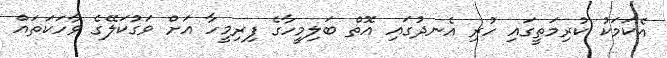
އެކަމަކު ކުރިމަތީގައި ހުރި އެނދުގައި އޮތް ބަލިމީހާގެ ފިރިމީހާ އަށް ވަގުކަލޭގެ ވާހަކަތައް